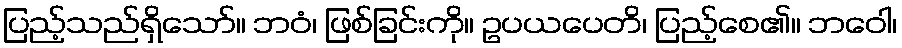
ပြည့်သည်ရှိသော်။ ဘဝံ၊ ဖြစ်ခြင်းကို။ ဥပယပေတိ၊ ပြည့်စေ၏။ ဘဝေါ၊